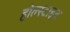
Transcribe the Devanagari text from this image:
होल्स्टाइन